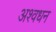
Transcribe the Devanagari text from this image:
अश्वधन